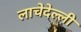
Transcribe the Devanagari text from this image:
लाचेदेल्ली